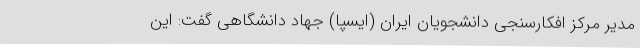
مدیر مرکز افکارسنجی دانشجویان ایران (ایسپا) جهاد دانشگاهی گفت: این